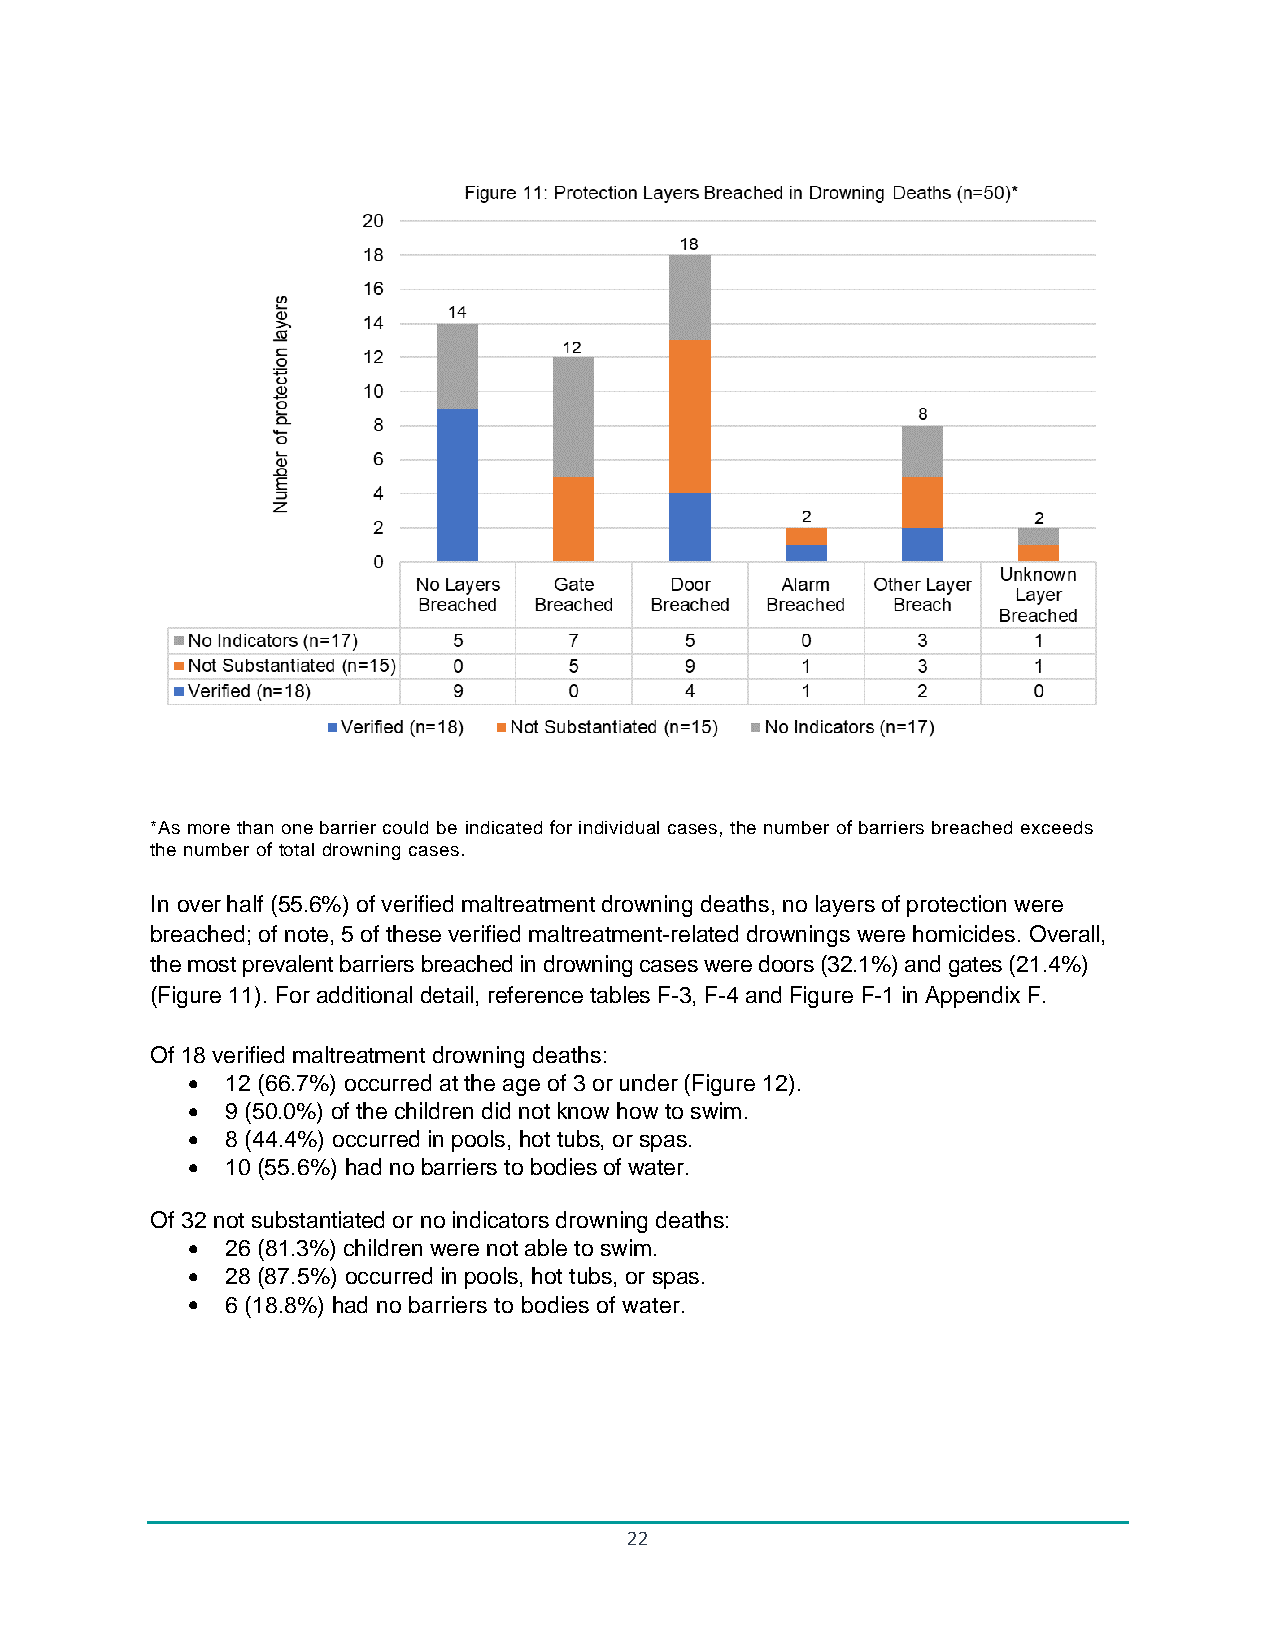
*As more than one barrier could be indicated for individual cases, the number of barriers breached exceeds
 the number of total drowning cases.
 In over half (55.6%) of verified maltreatment drowning deaths, no layers of protection were
 breached; of note, 5 of these verified maltreatment-related drownings were homicides. Overall,
 the most prevalent barriers breached in drowning cases were doors (32.1%) and gates (21.4%)
 (Figure 11). For additional detail, reference tables F-3, F-4 and Figure F-1 in Appendix F.
 Of 18 verified maltreatment drowning deaths:
 •  12 (66.7%) occurred at the age of 3 or under (Figure 12).
 •  9 (50.0%) of the children did not know how to swim.
 •  8 (44.4%) occurred in pools, hot tubs, or spas.
 •  10 (55.6%) had no barriers to bodies of water.
 Of 32 not substantiated or no indicators drowning deaths:
 •  26 (81.3%) children were not able to swim.
 •  28 (87.5%) occurred in pools, hot tubs, or spas.
 •  6 (18.8%) had no barriers to bodies of water.
 22